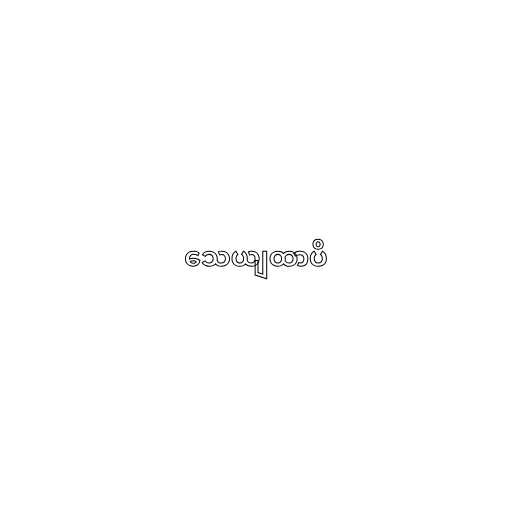
သေယျထာပိ